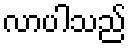
လာပါသည်